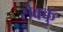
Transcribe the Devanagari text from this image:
सेवकु